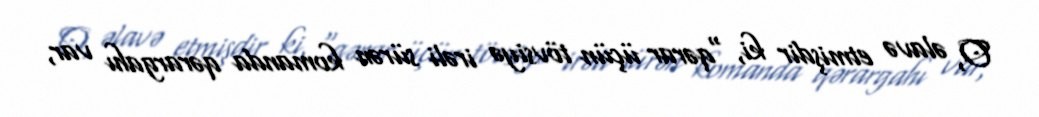
O, əlavə etmişdir ki, "qərar üçün tövsiyə irəli sürən komanda qərargahı var,